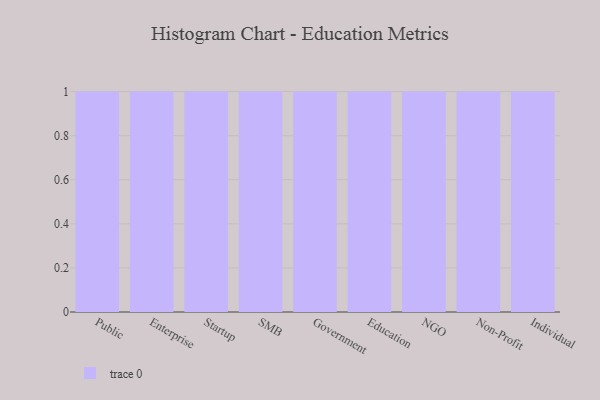
{"axis": {"x": "Segment", "y": "Production Output"}, "legend": [""], "data": [{"x": "Public", "y": 45, "type": ""}, {"x": "Enterprise", "y": 60, "type": ""}, {"x": "Startup", "y": 15, "type": ""}, {"x": "SMB", "y": 8, "type": ""}, {"x": "Government", "y": 83, "type": ""}, {"x": "Education", "y": 26, "type": ""}, {"x": "NGO", "y": 99, "type": ""}, {"x": "Non-Profit", "y": 78, "type": ""}, {"x": "Individual", "y": 84, "type": ""}]}